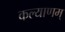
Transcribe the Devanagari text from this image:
कल्‍याणम्